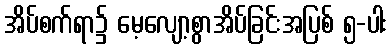
အိပ်စက်ရာ၌ မေ့လျော့စွာအိပ်ခြင်းအပြစ် ၅-ပါး